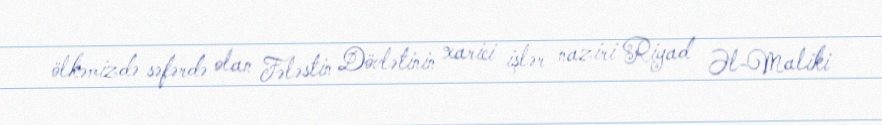
ölkəmizdə səfərdə olan Fələstin Dövlətinin xarici işlər naziri Riyad Əl-Maliki